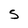
Character: 5